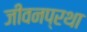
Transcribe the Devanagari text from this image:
जीवनप्रथा